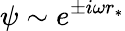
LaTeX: \psi\sim e^{\pm i\omega r_{*}}